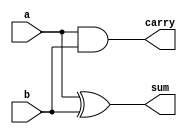
`timescale 1ns / 1ps

module HalfAdder(
    input a,
    input b,
    output sum,
    output carry
    );

xor(sum, a, b);
and(carry, a, b);

endmodule